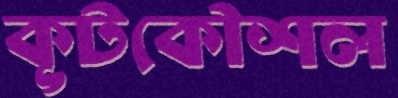
কূটকৌশল